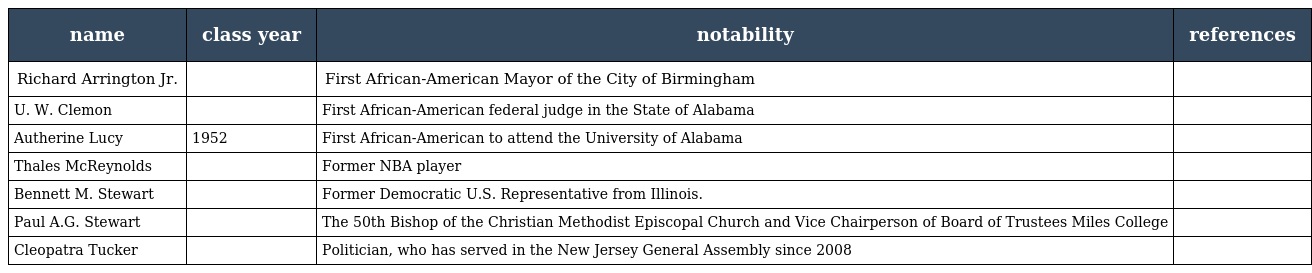
| name | class year | notability | references |
 | --- | --- | --- | --- |
 | Richard Arrington Jr. |  | First African-American Mayor of the City of Birmingham |  |
 | U. W. Clemon |  | First African-American federal judge in the State of Alabama |  |
 | Autherine Lucy | 1952 | First African-American to attend the University of Alabama |  |
 | Thales McReynolds |  | Former NBA player |  |
 | Bennett M. Stewart |  | Former Democratic U.S. Representative from Illinois. |  |
 | Paul A.G. Stewart |  | The 50th Bishop of the Christian Methodist Episcopal Church and Vice Chairperson of Board of Trustees Miles College |  |
 | Cleopatra Tucker |  | Politician, who has served in the New Jersey General Assembly since 2008 |  |